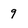
Character: 9